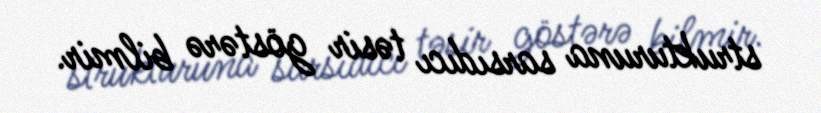
strukturuna sarsıdıcı təsir göstərə bilmir.